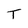
Character: T